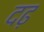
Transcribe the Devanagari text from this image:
दढ़